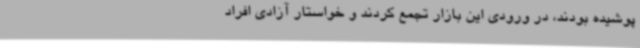
پوشیده بودند، در ورودی این بازار تجمع کردند و خواستار آزادی افراد